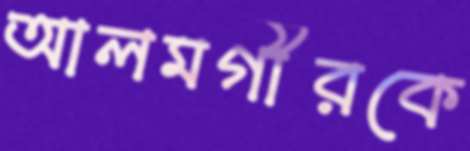
আলমগীরকে